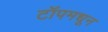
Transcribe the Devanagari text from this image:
टॉपमधून